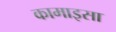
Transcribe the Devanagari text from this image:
कामाइसा